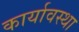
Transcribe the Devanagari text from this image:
कार्यावस्था